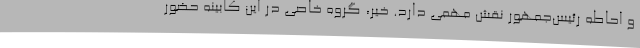
و احاطه رئیس‌جمهور نقش مهمی دارد. خیر، گروه خاصی در این کابینه حضور